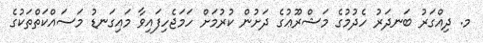
މ. ދިއްގަރު ބަނދަރު ހެދުމުގެ މަޝްރޫޢުގެ ދަށުން ކުރުމަށް ހަމަޖެހިފައިވާ މައިގަނޑު މަސައްކަތްތަކުގެ